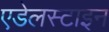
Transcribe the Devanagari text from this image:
एडेलस्टाइन